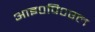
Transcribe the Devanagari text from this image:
आइ०पि०एल